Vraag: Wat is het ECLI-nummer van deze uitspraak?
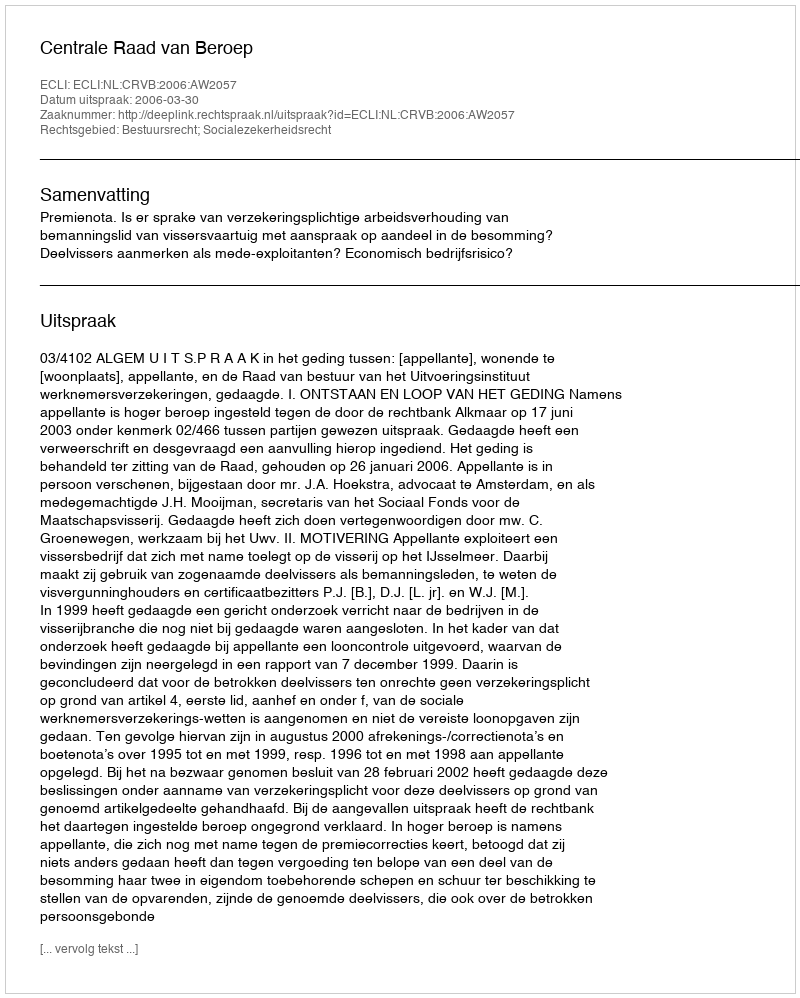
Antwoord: ECLI:NL:CRVB:2006:AW2057